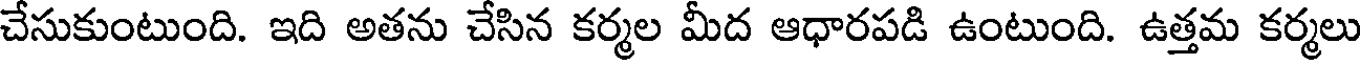
చేసుకుంటుంది. ఇది అతను చేసిన కర్మల మీద ఆధారపడి ఉంటుంది. ఉత్తమ కర్మలు